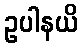
ဥပါနယိ